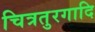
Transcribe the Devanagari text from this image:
चित्रतुरगादि